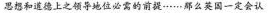
思想和道德上之领导地位必需的前提……那么英国一定会认